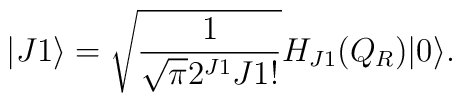
|J1 \rangle = \sqrt{\frac{1}{\sqrt{\pi} 2^{J1} J1!}} H_{J1}(Q_R)|0\rangle.